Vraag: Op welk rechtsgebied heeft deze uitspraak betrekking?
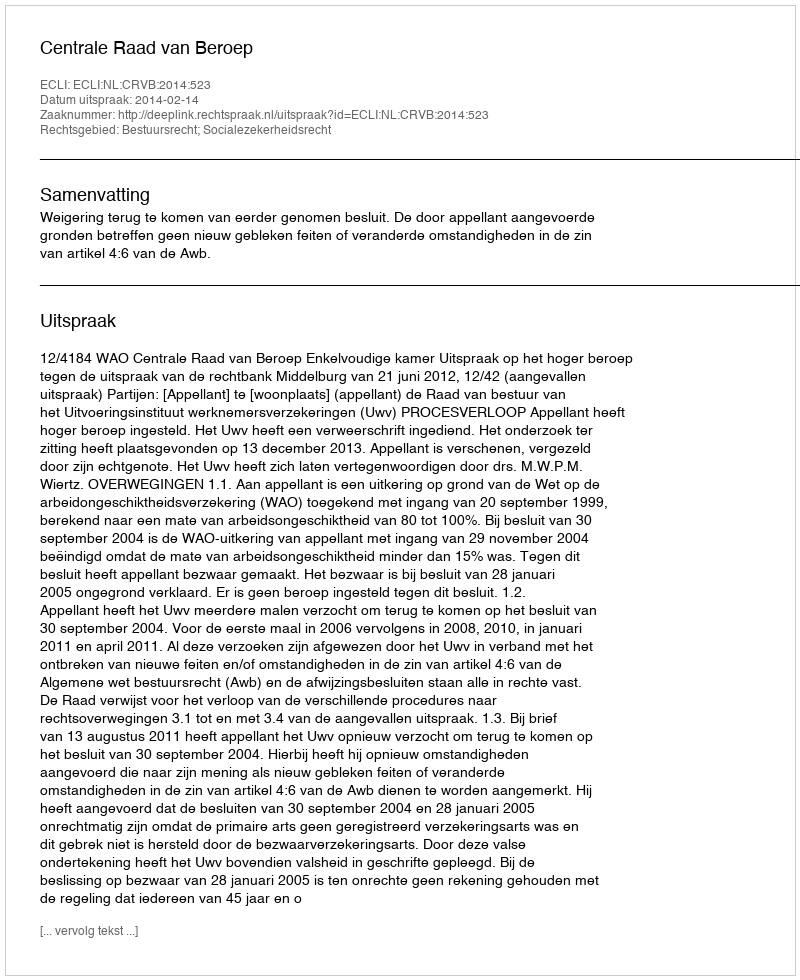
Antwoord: Bestuursrecht; Socialezekerheidsrecht